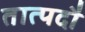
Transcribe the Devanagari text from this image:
तात्पदौ